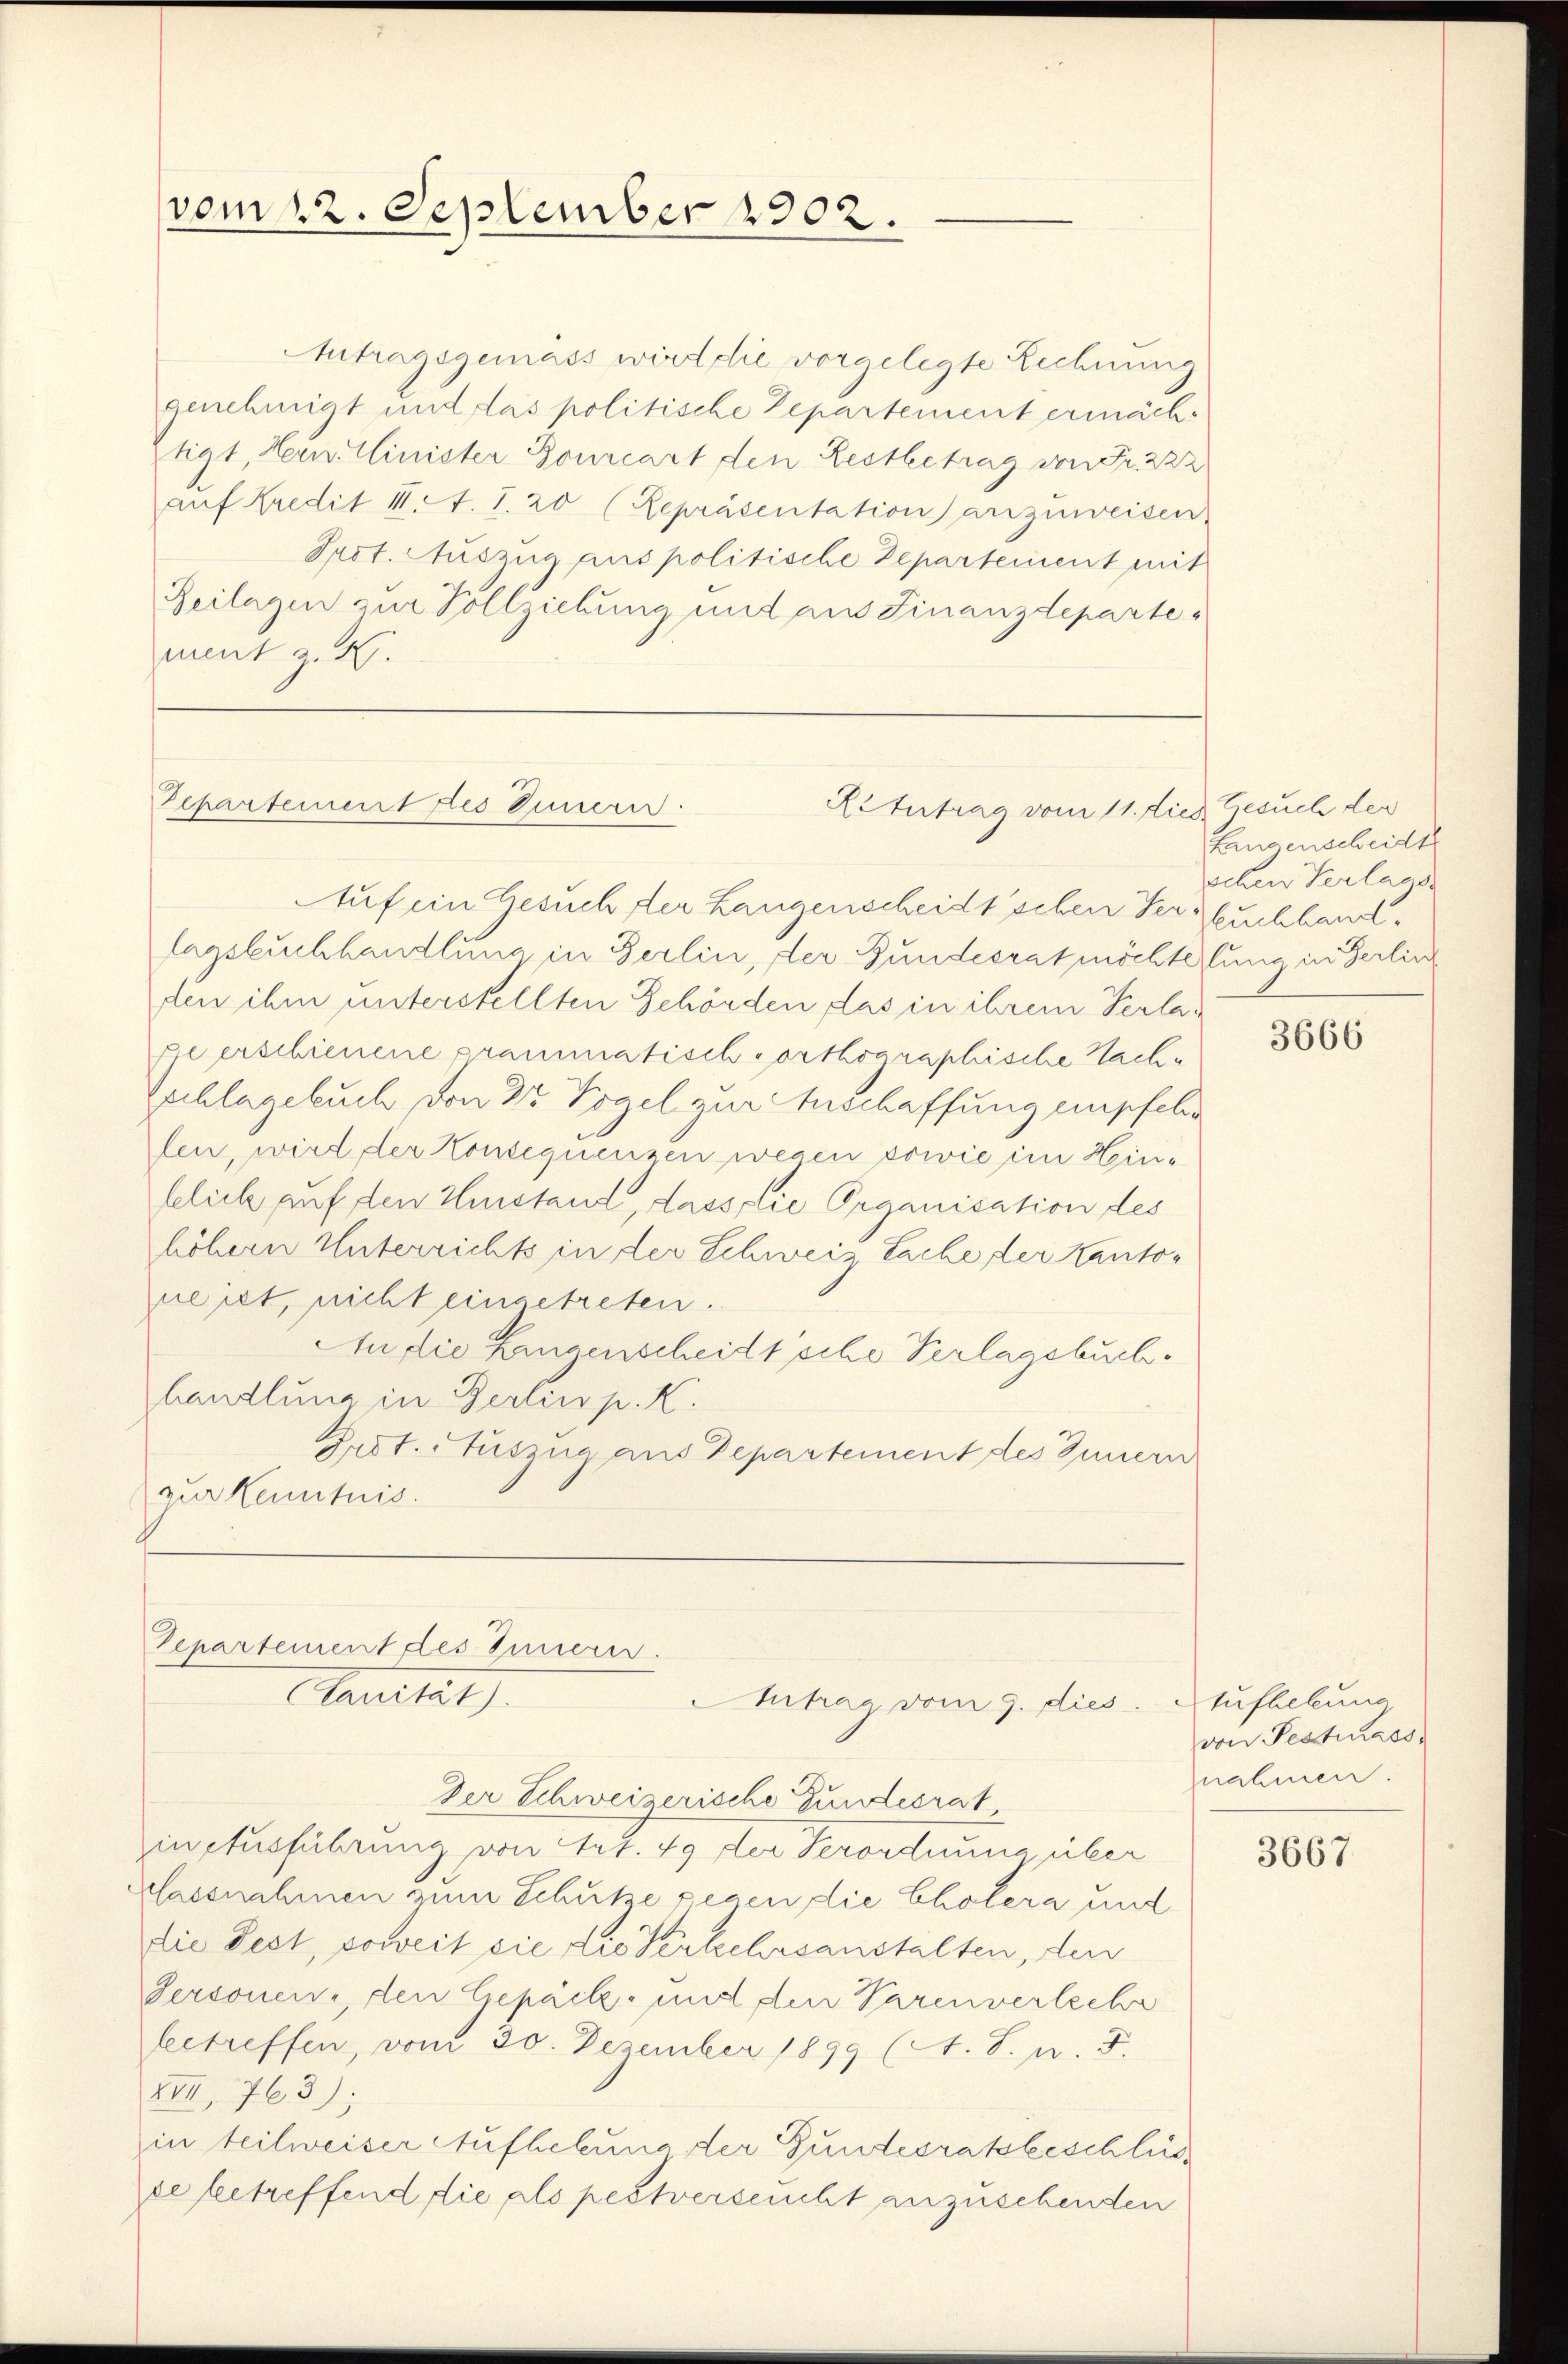
vom 22. September 1902.

btragsgemäss wird die vorgelegte Lechnung
genehmigt und das politische Departement ermäch¬
Etigt, Hern. Minister Bourcart den Restbetrag von Fr. 222
aŭf Kredit 1. f. 1. 20 (Sepräsentation anzuweisen
Prot. Auszug aus politische Departement mit
Beilagen zur Vollziehung und aus Finanzdepartement z. B.

Repartement des Innere

Ritutrag vom 11. dies Gesuch der
Auf ein Gesuch der Langenscheidt’schen Verbuchhand¬

Separtement des Innern.
Clanität).
Iutrag, vom 9. dies
Der Schweizerische Gundesrat
in Ausführung von Art. 49 der Verordnung über

lagsbuchhandlung in Berlin, der Bundesrat möchtelung in Berlin
den ihm unterstellten Gehörden, das in ihrem Verlage erschienene grammatisch vorthographische Nach¬
Gschlagebuch von 25 Vogel zur Anschaffung empfelen
len, wird der Konsequenzen wegen sowie im Heinbelich auf den Umstand, dass die Organisation des
höhern Unterrichts in der Schweiz Sache der Kantoneiet, nicht eingetreten.
An die Langenscheidt’sche Verlagsbuch.
handlung in Berlin p. K.
Prot. Auszug aus Departement des Innern
zur Kenntnis.

klassnahmen zum Schutze gegen die Cholera und
die Pest, soweit die die Verkehrsanstalten, den
Personen, den Gepäck- und den Parenverleche
betreffen, vom 30. Dezember 1899 (A. S. n. F.
XVII. 763);
in teilweiser Aufhebung der Gundesratsbeschlüs
ce betreffend die als pestverseucht anzusehenden

Langenscheidt
schen Verlaas

3666

tufhebung
von Pestrass
snahmen.

3667